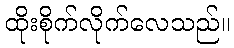
ထိုးစိုက်လိုက်လေသည်။